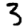
Digit: 3